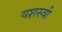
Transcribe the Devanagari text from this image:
यश़स्वी